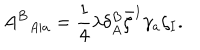
LaTeX: { A ^ { B } } _ { A | a } = { \frac { 1 } { 4 } } \lambda \delta _ { A } ^ { B } \bar { \zeta } ^ { I } \gamma _ { a } \zeta _ { I } .